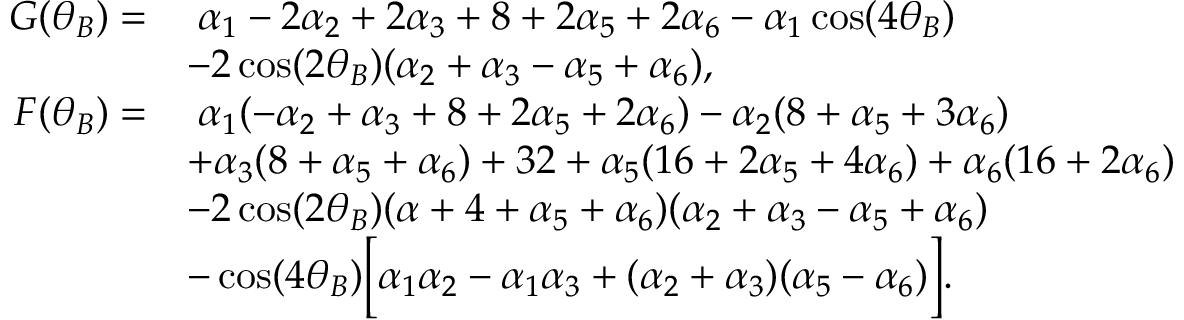
\begin{array} { r l } { G ( \theta _ { B } ) = } & { \; \alpha _ { 1 } - 2 \alpha _ { 2 } + 2 \alpha _ { 3 } + 8 + 2 \alpha _ { 5 } + 2 \alpha _ { 6 } - \alpha _ { 1 } \cos ( 4 \theta _ { B } ) } \\ & { - 2 \cos ( 2 \theta _ { B } ) ( \alpha _ { 2 } + \alpha _ { 3 } - \alpha _ { 5 } + \alpha _ { 6 } ) , } \\ { F ( \theta _ { B } ) = } & { \; \alpha _ { 1 } ( - \alpha _ { 2 } + \alpha _ { 3 } + 8 + 2 \alpha _ { 5 } + 2 \alpha _ { 6 } ) - \alpha _ { 2 } ( 8 + \alpha _ { 5 } + 3 \alpha _ { 6 } ) } \\ & { + \alpha _ { 3 } ( 8 + \alpha _ { 5 } + \alpha _ { 6 } ) + 3 2 + \alpha _ { 5 } ( 1 6 + 2 \alpha _ { 5 } + 4 \alpha _ { 6 } ) + \alpha _ { 6 } ( 1 6 + 2 \alpha _ { 6 } ) } \\ & { - 2 \cos ( 2 \theta _ { B } ) ( \alpha + 4 + \alpha _ { 5 } + \alpha _ { 6 } ) ( \alpha _ { 2 } + \alpha _ { 3 } - \alpha _ { 5 } + \alpha _ { 6 } ) } \\ & { - \cos ( 4 \theta _ { B } ) \Big [ \alpha _ { 1 } \alpha _ { 2 } - \alpha _ { 1 } \alpha _ { 3 } + ( \alpha _ { 2 } + \alpha _ { 3 } ) ( \alpha _ { 5 } - \alpha _ { 6 } ) \Big ] . } \end{array}